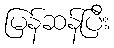
မြန်ဆန်ပြီး